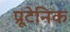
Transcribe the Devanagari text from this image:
प्रूटेनिक